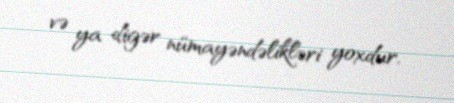
və ya digər nümayəndəlikləri yoxdur.